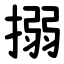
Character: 搦